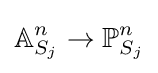
\mathbb {A} _{S_{j}}^{n}\to \mathbb {P} _{S_{j}}^{n}